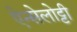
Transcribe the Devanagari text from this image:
ऐन्सेलोट्टी